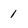
Character: 1